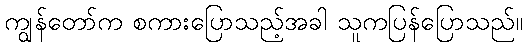
ကျွန်တော်က စကားပြောသည့်အခါ သူကပြန်ပြောသည်။